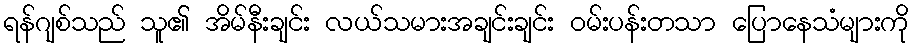
ရန်ဂျစ်သည် သူ၏ အိမ်နီးချင်း လယ်သမားအချင်းချင်း ဝမ်းပန်းတသာ ပြောနေသံများကို